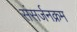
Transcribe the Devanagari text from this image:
संसर्जनक्रम